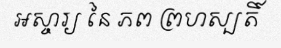
អស្ចារ្យ នៃ ភព ព្រហស្បតិ៍